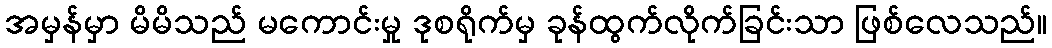
အမှန်မှာ မိမိသည် မကောင်းမှု ဒုစရိုက်မှ ခုန်ထွက်လိုက်ခြင်းသာ ဖြစ်လေသည်။